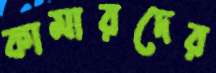
কামারদের